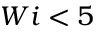
W i < 5